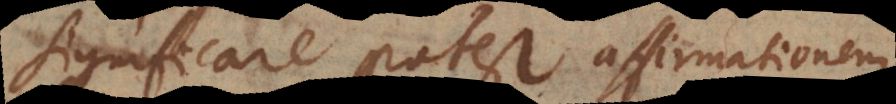
significare potest affirmationem